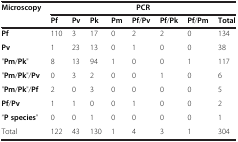
<table><thead><tr><td rowspan="2"><b>Microscopy</b></td><td colspan="8"><b>PCR</b></td></tr><tr><td><b>Pf</b></td><td><b>Pv</b></td><td><b>Pk</b></td><td><b>Pm</b></td><td><b>Pf/Pv</b></td><td><b>Pf/Pk</b></td><td><b>Pf/Pm</b></td><td><b>Total</b></td></tr></thead><tbody><tr><td><b>Pf</b></td><td>110</td><td>3</td><td>17</td><td>0</td><td>2</td><td>2</td><td>0</td><td>134</td></tr><tr><td><b>Pv</b></td><td>1</td><td>23</td><td>13</td><td>0</td><td>1</td><td>0</td><td>0</td><td>38</td></tr><tr><td>&quot;<b>Pm</b>/<b>Pk</b>&quot;</td><td>8</td><td>13</td><td>94</td><td>1</td><td>0</td><td>0</td><td>1</td><td>117</td></tr><tr><td>&quot;<b>Pm</b>/<b>Pk</b>&quot;/<b>Pv</b></td><td>0</td><td>3</td><td>2</td><td>0</td><td>0</td><td>1</td><td>0</td><td>6</td></tr><tr><td>&quot;<b>Pm</b>/<b>Pk</b>&quot;/<b>Pf</b></td><td>2</td><td>0</td><td>3</td><td>0</td><td>0</td><td>0</td><td>0</td><td>5</td></tr><tr><td><b>Pf</b>/<b>Pv</b></td><td>1</td><td>1</td><td>0</td><td>0</td><td>1</td><td>0</td><td>0</td><td>2</td></tr><tr><td>“<b>P species</b>”</td><td>0</td><td>0</td><td>1</td><td>0</td><td>0</td><td>0</td><td>0</td><td>1</td></tr><tr><td>Total</td><td>122</td><td>43</td><td>130</td><td>1</td><td>4</td><td>3</td><td>1</td><td>304</td></tr></tbody></table>